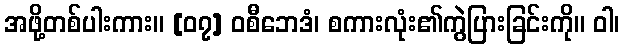
အဖို့တစ်ပါးကား။ [၀၇] ဝစီဘေဒံ၊ စကားလုံး၏ကွဲပြားခြင်းကို။ ဝါ၊